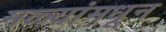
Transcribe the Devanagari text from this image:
मळ्यांमधून